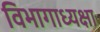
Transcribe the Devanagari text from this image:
विभागाध्यक्षा